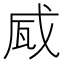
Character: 𤬹